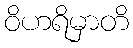
ဝိဟရိမှာတိ